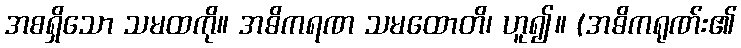
အစရှိသော သမထကို။ အဓိကရဏ သမထောတိ၊ ဟူ၍။ (အဓိကရုဏ်း၏